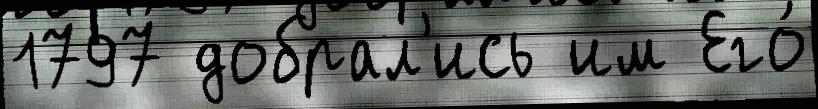
1797 добрал'ись им Его́